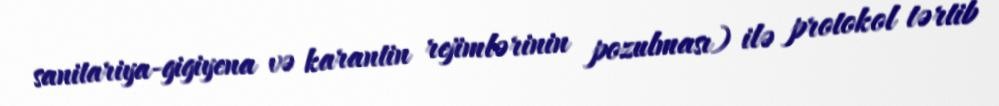
sanitariya-gigiyena və karantin rejimlərinin pozulması) ilə protokol tərtib